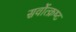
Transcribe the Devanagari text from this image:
सर्वोत्‍क्रष्‍ट